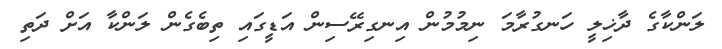
ލަންކާގެ ދާޚިލީ ހަނގުރާމަ ނިމުމުން އިނގިރޭސިން އަޑީގައި ތިބެގެން ލަންކާ އަށް ދަތި